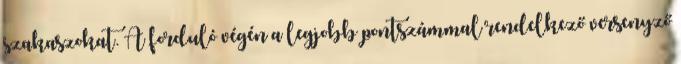
szakaszokat. A forduló végén a legjobb pontszámmal rendelkező versenyző